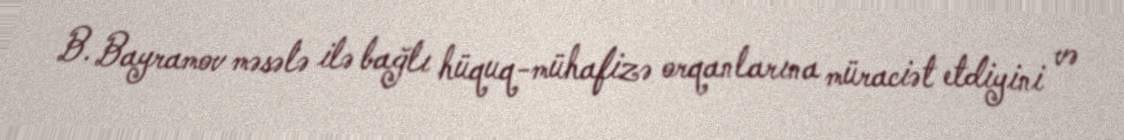
B. Bayramov məsələ ilə bağlı hüquq-mühafizə orqanlarına müraciət etdiyini və